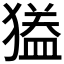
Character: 𱮟